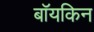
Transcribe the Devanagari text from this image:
बॉयकिन